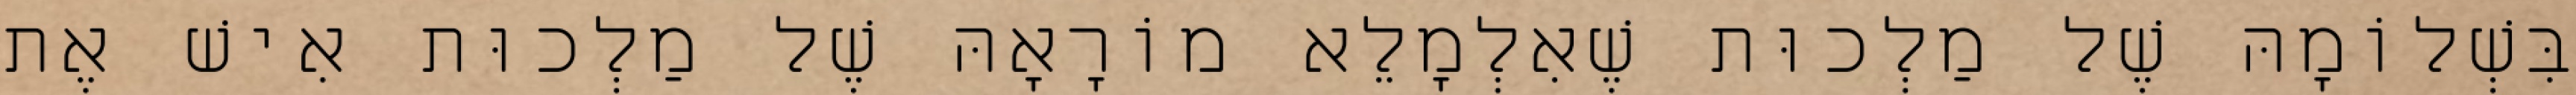
בִּשְׁלוֹמָהּ שֶׁל מַלְכוּת שֶׁאִלְמָלֵא מוֹרָאָהּ שֶׁל מַלְכוּת אִישׁ אֶת